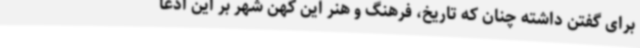
برای گفتن داشته چنان که تاریخ، فرهنگ و هنر این کهن شهر بر این ادعا